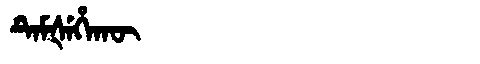
Manchu: ᡨᡝᠮᡧᡝᡥᠠᡴᡡ
Romanization: TEMŠEHAKŪ